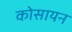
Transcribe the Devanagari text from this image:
कोसायन